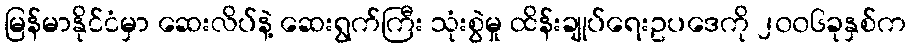
မြန်မာနိုင်ငံမှာ ဆေးလိပ်နဲ့ ဆေးရွက်ကြီး သုံးစွဲမှု ထိန်းချုပ်ရေးဥပဒေကို ၂၀၀၆ခုနှစ်က